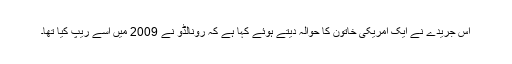
اس جریدے نے ایک امریکی خاتون کا حوالہ دیتے ہوئے کہا ہے کہ رونالڈو نے 2009 میں اسے ریپ کیا تھا۔